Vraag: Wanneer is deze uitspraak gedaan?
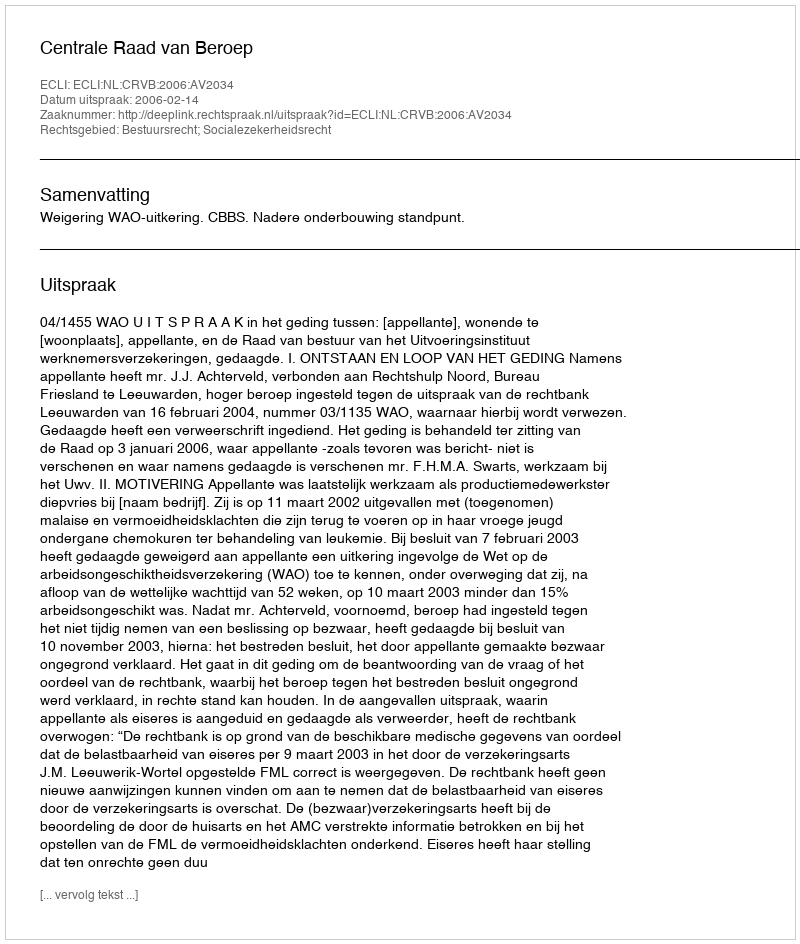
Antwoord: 2006-02-14